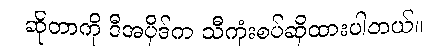
ဆိုတာကို ဒီအပိုဒ်က သီကုံးစပ်ဆိုထားပါတယ်။